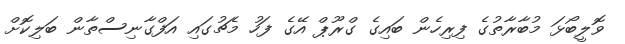
ވޮލީބޯޅަ މުބާރާތުގެ ފިރިހެން ބައިގެ ގްރޫޕް އޭގެ ފަހު މެޗުގައި އަފްގާނިސްތާން ބަލިކޮށް